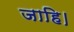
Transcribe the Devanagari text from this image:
जाहि।